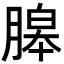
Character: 𦞵